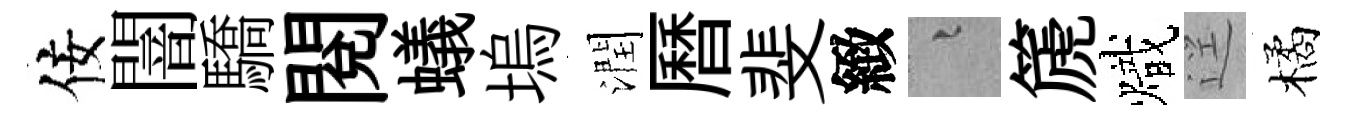
佞闇驕閲蟻塢潤曆斐緻融篪熾逕橘